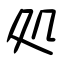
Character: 処